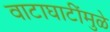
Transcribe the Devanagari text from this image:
वाटाघाटींमुळे